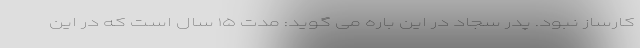
کارساز نبود. پدر سجاد در این باره می گوید: مدت ۱۵ سال است که در این